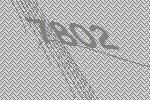
7802